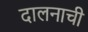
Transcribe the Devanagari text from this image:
दालनाची